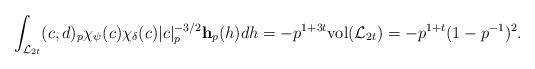
LaTeX: \begin{align*} \int_{\mathcal L_{2t}}(c,d)_p\chi_{\psi}(c) \chi_{\delta}(c)|c|^{-3/2}_p\mathbf h_p(h) dh = -p^{1+3t} \mathrm{vol}(\mathcal L_{2t}) = -p^{1+t} (1-p^{-1})^2. \end{align*}